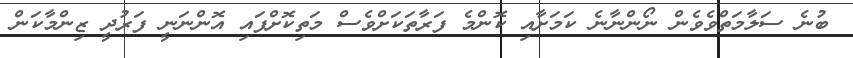
ބުނެ ސަލާމަތްވެވެން ނޯންނާނެ ކަމަށާއި ކޮންމެ ފަރާތަަކަށްވެސް މަތިކޮށްފައި އޮންނަނީ ފަރުދީ ޒިންމާކަން